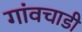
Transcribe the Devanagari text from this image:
गांवचाडी